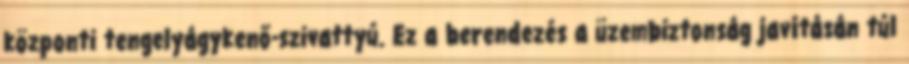
központi tengelyágykenő-szivattyú. Ez a berendezés a üzembiztonság javításán túl